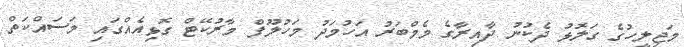
މަޖިލީހުގެ ގަލޮޅު ދެކުނު ދާއިރާގެ މެމްބަރު އަހުމަދު މަހުލޫފް މާރުކޭޓް ގޮޅިއެއްގައި މަސައްކަތް